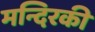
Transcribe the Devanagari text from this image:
मन्दिरकी